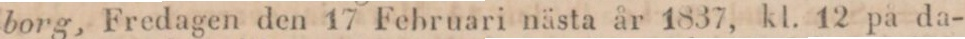
borg, Fredagen den 17 Februari nästa år 1837, kl. 12 på da-